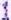
1